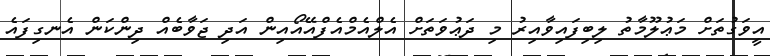
އީވަގުތަށް މަޢުލޫމާތު ލިބިފައިވާއިރު މި ދަޢުވަތަށް އެލްއެމްއެފްއޭއޯއިން އަދި ޖަވާބެއް ދިންކަން އެނގިފައެ